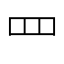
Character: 罒